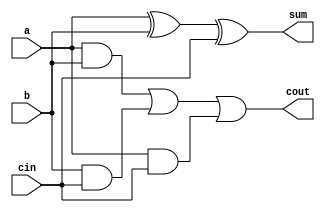
module full_add1(a,b,cin,sum,cout);
	input a,b,cin;
	output sum,cout;
	wire s1,m1,m2,m3;
	and(m1,a,b),(m2,b,cin),(m3,a,cin);
	xor(s1,a,b),(sum,s1,cin);
	or(cout,m1,m2,m3);
endmodule